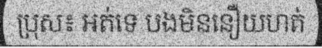
ប្រុស៖ អត់ទេ បងមិននឿយហត់